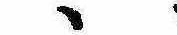
ゝ